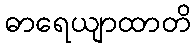
ဓာရေယျာထာတိ